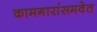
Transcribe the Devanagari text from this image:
कामगारांसमवेत